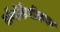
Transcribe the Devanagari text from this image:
बॉयोकेमीकल